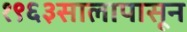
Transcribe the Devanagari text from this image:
१९६३सालापासून